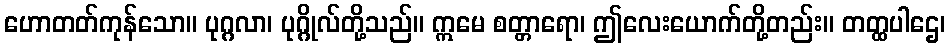
ဟောတတ်ကုန်သော။ ပုဂ္ဂလာ၊ ပုဂ္ဂိုလ်တို့သည်။ ဣမေ စတ္တာရော၊ ဤလေးယောက်တို့တည်း။ တတ္ထပါဌေ၊